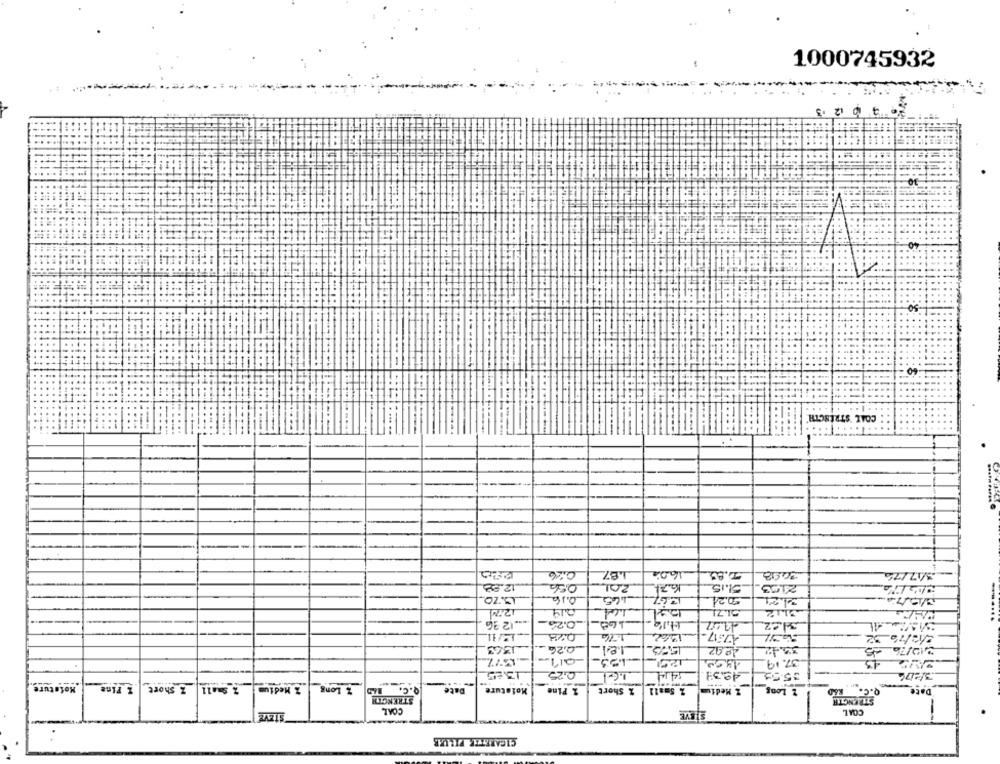
1000745932
60
.........
COAL 'STRENGTH'
---
0:26
_1.87
16.04
7.83
30.98
12.58
056
201
K2.74
51.15
2103
AS.ZO.
0.16
165
2.67
5021
3.21
014
51.71
3112
0.26
14.19-168
.... 12 36
22.07
-....
1.76
1362
2737
0,26
de92
35.42
3/10/76 45
-011.
-153
120!
37.19
1385
0,25
1.6-1
14 141
49.39
3/276
35.51
Mofature
Z Short I Fine
% Small
Z Medium
Z Long
Q.C. RAD
Date
Moisture
1 Fine
% Short
I Long
Q.C. R60
Date
STRENGTH
STRENGTH
COAL
STEVE
COAL
STEVE
CIGARETTE PILLAR